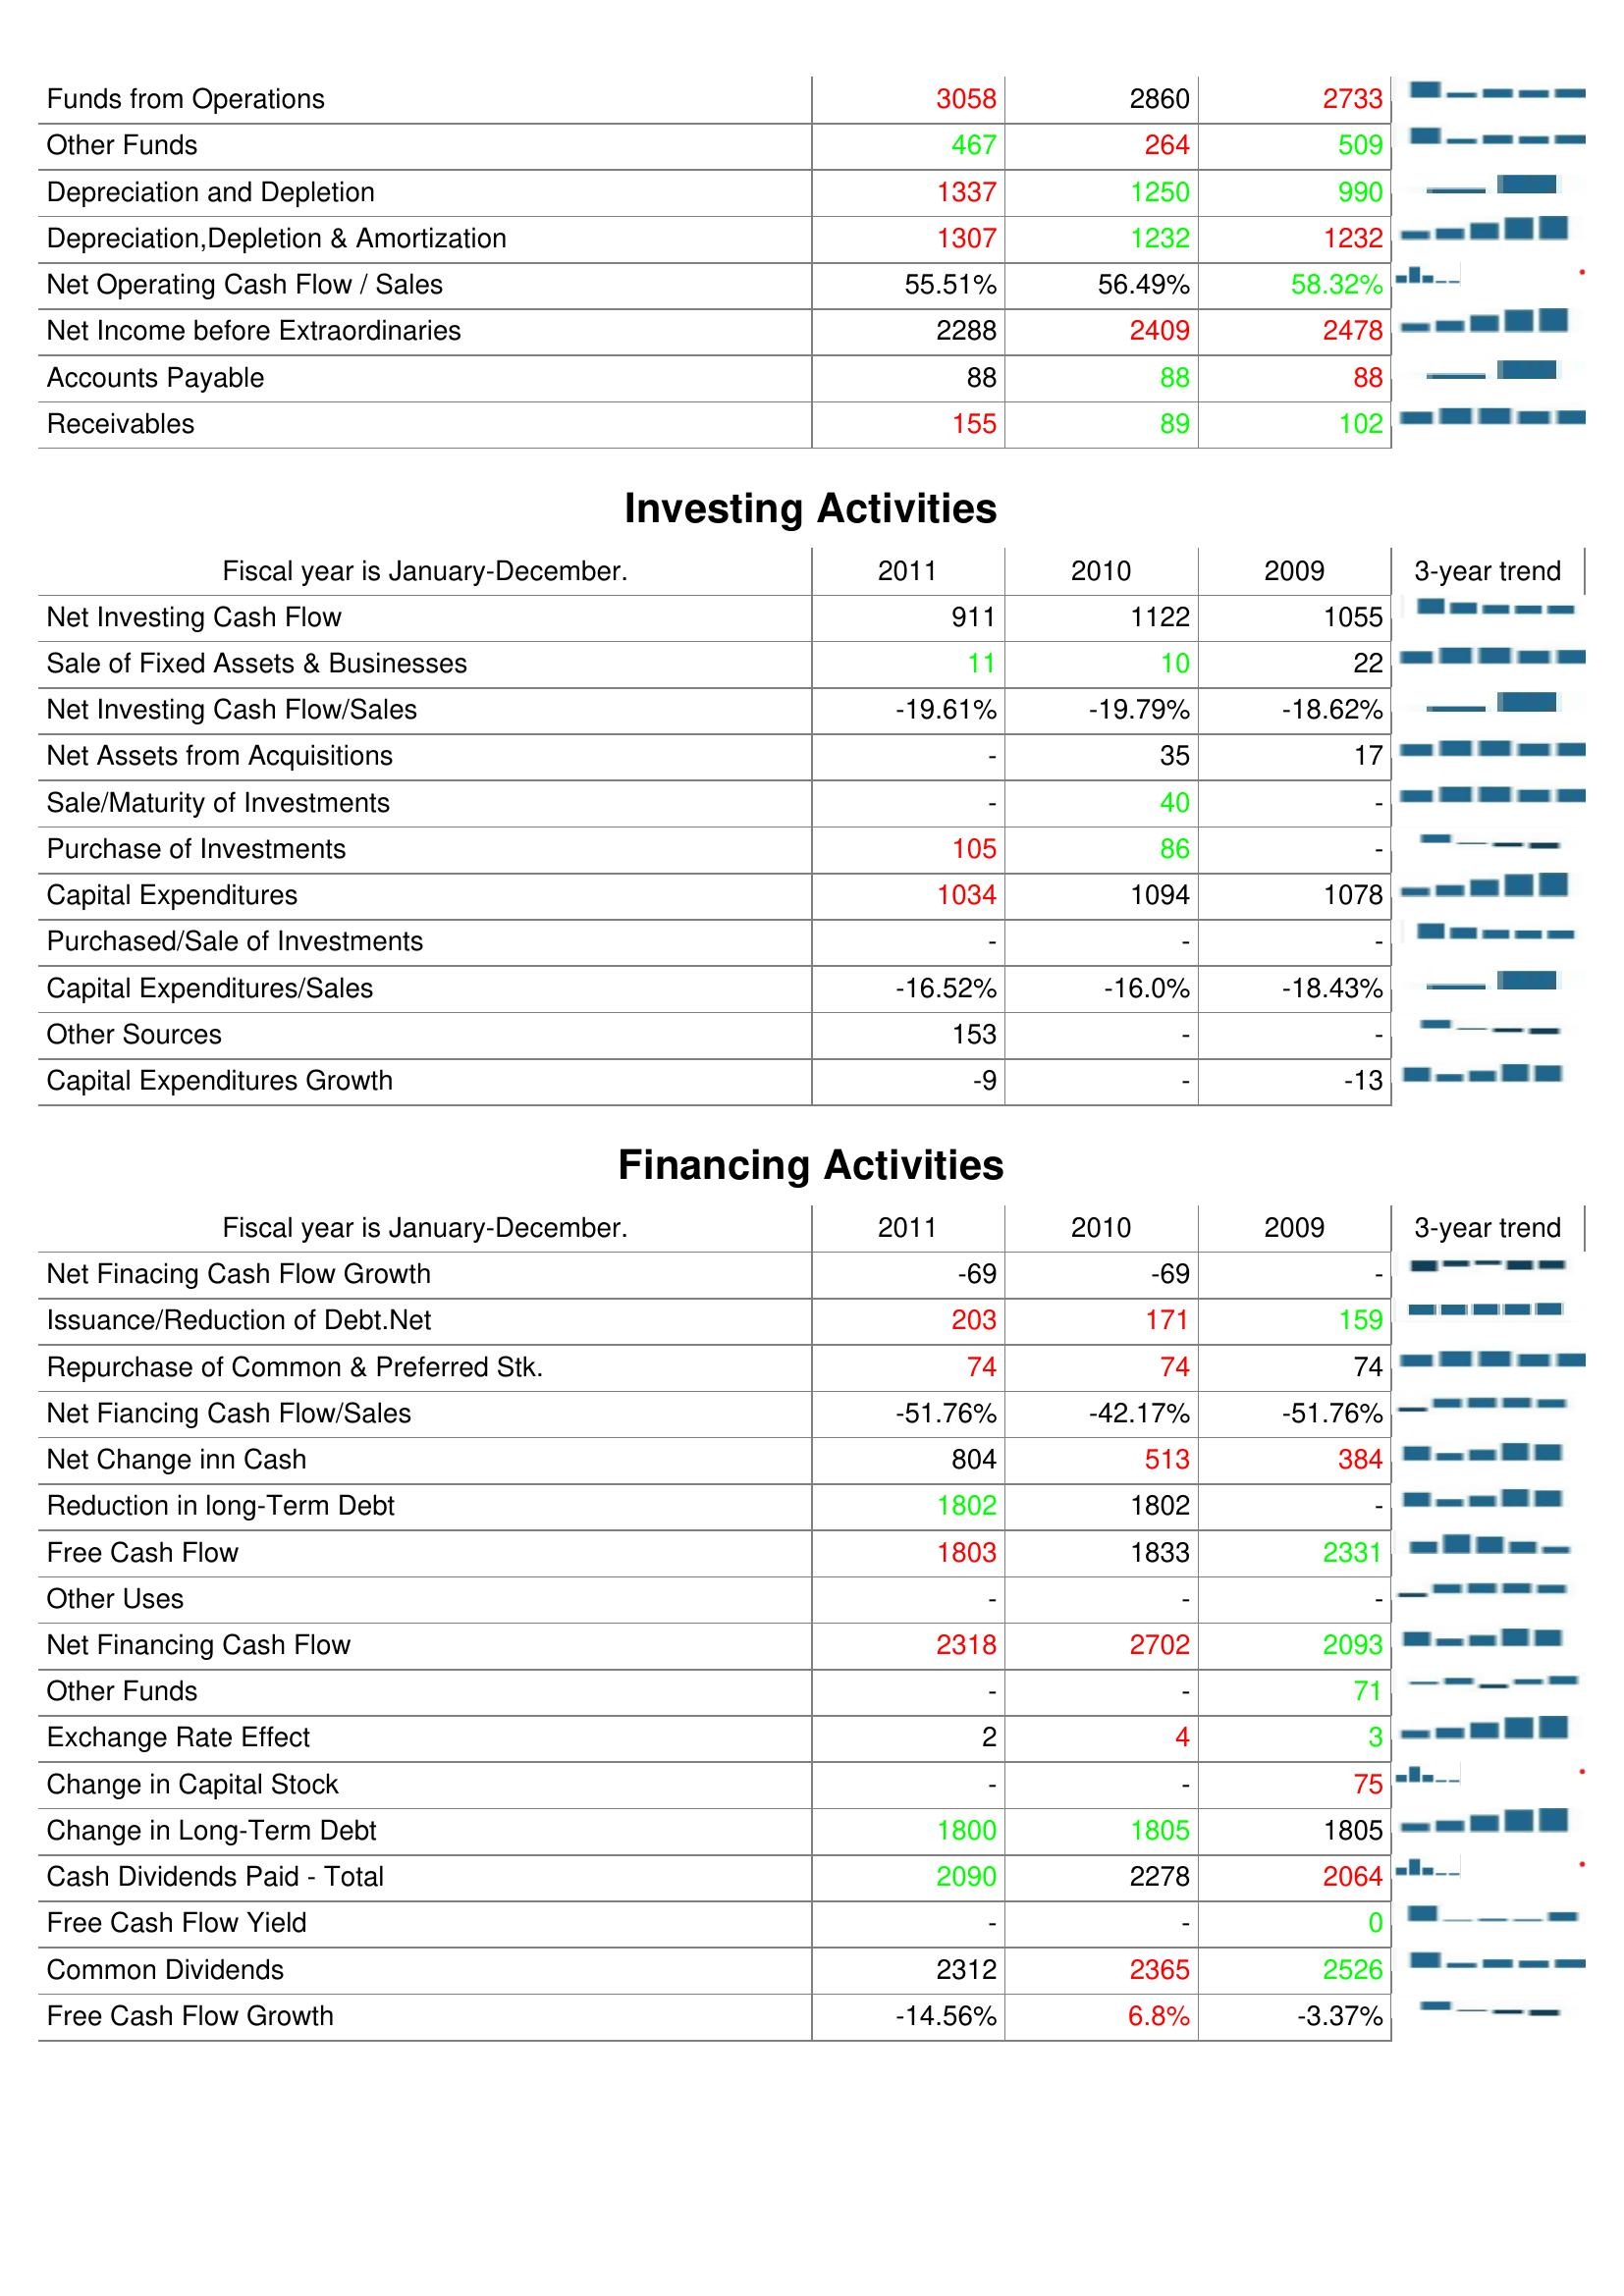
2011: Operating Activities: Funds from Operations: 3058
Other Funds: 467
Depreciation and Depletion: 1337
Depreciation,Depletion & Amortization: 1307
Net Operating Cash Flow / Sales: 55.51%
Net Income before Extraordinaries: 2288
Accounts Payable: 88
Receivables: 155
Investing Activities: Net Investing Cash Flow: 911
Sale of Fixed Assets & Businesses: 11
Net Investing Cash Flow/Sales: -19.61%
Net Assets from Acquisitions: -
Sale/Maturity of Investments: -
Purchase of Investments: 105
Capital Expenditures: 1034
Purchased/Sale of Investments: -
Capital Expenditures/Sales: -16.52%
Other Sources: 153
Capital Expenditures Growth: -9
Financing Activities: Net Finacing Cash Flow Growth: -69
Issuance/Reduction of Debt.Net: 203
Repurchase of Common & Preferred Stk.: 74
Net Fiancing Cash Flow/Sales: -51.76%
Net Change inn Cash: 804
Reduction in long-Term Debt: 1802
Free Cash Flow: 1803
Other Uses: -
Net Financing Cash Flow: 2318
Other Funds: -
Exchange Rate Effect: 2
Change in Capital Stock: -
Change in Long-Term Debt: 1800
Cash Dividends Paid - Total: 2090
Free Cash Flow Yield: -
Common Dividends: 2312
Free Cash Flow Growth: -14.56%
2010: Operating Activities: Funds from Operations: 2860
Other Funds: 264
Depreciation and Depletion: 1250
Depreciation,Depletion & Amortization: 1232
Net Operating Cash Flow / Sales: 56.49%
Net Income before Extraordinaries: 2409
Accounts Payable: 88
Receivables: 89
Investing Activities: Net Investing Cash Flow: 1122
Sale of Fixed Assets & Businesses: 10
Net Investing Cash Flow/Sales: -19.79%
Net Assets from Acquisitions: 35
Sale/Maturity of Investments: 40
Purchase of Investments: 86
Capital Expenditures: 1094
Purchased/Sale of Investments: -
Capital Expenditures/Sales: -16.0%
Other Sources: -
Capital Expenditures Growth: -
Financing Activities: Net Finacing Cash Flow Growth: -69
Issuance/Reduction of Debt.Net: 171
Repurchase of Common & Preferred Stk.: 74
Net Fiancing Cash Flow/Sales: -42.17%
Net Change inn Cash: 513
Reduction in long-Term Debt: 1802
Free Cash Flow: 1833
Other Uses: -
Net Financing Cash Flow: 2702
Other Funds: -
Exchange Rate Effect: 4
Change in Capital Stock: -
Change in Long-Term Debt: 1805
Cash Dividends Paid - Total: 2278
Free Cash Flow Yield: -
Common Dividends: 2365
Free Cash Flow Growth: 6.8%
2009: Operating Activities: Funds from Operations: 2733
Other Funds: 509
Depreciation and Depletion: 990
Depreciation,Depletion & Amortization: 1232
Net Operating Cash Flow / Sales: 58.32%
Net Income before Extraordinaries: 2478
Accounts Payable: 88
Receivables: 102
Investing Activities: Net Investing Cash Flow: 1055
Sale of Fixed Assets & Businesses: 22
Net Investing Cash Flow/Sales: -18.62%
Net Assets from Acquisitions: 17
Sale/Maturity of Investments: -
Purchase of Investments: -
Capital Expenditures: 1078
Purchased/Sale of Investments: -
Capital Expenditures/Sales: -18.43%
Other Sources: -
Capital Expenditures Growth: -13
Financing Activities: Net Finacing Cash Flow Growth: -
Issuance/Reduction of Debt.Net: 159
Repurchase of Common & Preferred Stk.: 74
Net Fiancing Cash Flow/Sales: -51.76%
Net Change inn Cash: 384
Reduction in long-Term Debt: -
Free Cash Flow: 2331
Other Uses: -
Net Financing Cash Flow: 2093
Other Funds: 71
Exchange Rate Effect: 3
Change in Capital Stock: 75
Change in Long-Term Debt: 1805
Cash Dividends Paid - Total: 2064
Free Cash Flow Yield: 0
Common Dividends: 2526
Free Cash Flow Growth: -3.37%